Report on vaccination in Madras 1904-1921 - 1904-1921
Year: 1904
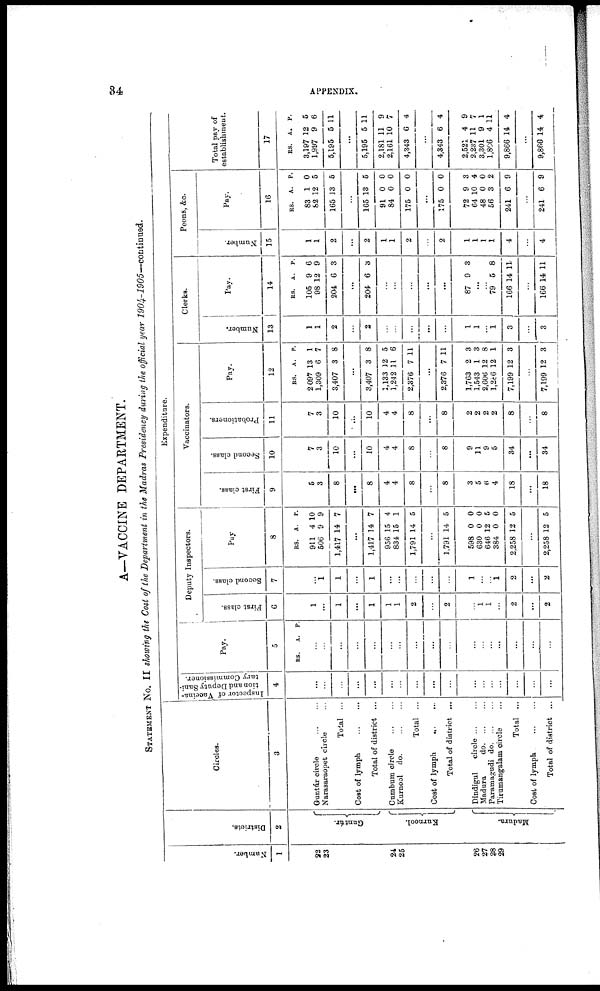
34
APPENDIX.
A—VACCINE DEPARTMENT.
STATEMENT No. II showing the Cost of the Department in the Madras Presidency during the official year
1904-1905—continued.
Number.
1
22
23
24
25
26
27
28
29
Districts.
2
Guntúr.
Kurnool.
Madura.
Circles.
3
Guntúr circle... ...
Narasaraopet circle...
Total ...
Cost of
lymph...
...
Total of district ...
Cumbum
circle...
...
Kurnool do.
Total ...
Cost of lymph
...
Total of district ...
Dindigul circle... ...
Madura
d
o
. ... ...
Paramagudi do. ...
Tirumangalam circle
Total ...
Cost of
lymph...
...
Total of district ...
Expenditure.
Inspector of Vaccina-
tion and Deputy Sani-
tary Commissioner.
4
...
...
...
...
...
...
...
...
...
...
...
...
...
...
...
...
...
Pay.
5
RS.
A. P.
...
...
...
...
...
...
...
...
...
...
...
...
...
...
...
...
...
Deputy Inspectors.
First class.
6
1
...
1
...
1
1
1
2
...
2
...
1 1
...
2
...
2
Second class.
7
...
1
l
...
l
...
...
...
...
...
l
...
...
l
2
...
2
Pay
8
RS.
911
506
1,417
A.
4
9
14
P.
10
9
7
...
1,417
956
834
1,791
14
15
15
14
7
4
1
5
...
1,791
598
630
646
384
2,258
14
0
0
12
0
12
5
0
0
5
0
5
...
2,258 12 5
Vaccinators.
First class.
9
5
3
8
...
8
4
4
8
...
8
3
5
6
4
18
...
18
Second class.
10
7
3
10
...
10
4
4
8
...
8
9
11
9
5
34
...
34
Probationers.
11
7
3
10
...
10
4
4
8
...
8
2
2
2
2
8
...
8
Pay.
12
RS.
2097
1,309
3,407
A.
13
6
3
P.
1
7
8
...
3,407
1,133
1,242
2,376
3
12
11
7
8
5
6
11
...
2,376
1,763
1,543
2,606
l,286
7,199
7
2
1
12
12
12
11
3
3
8
1
3
...
7,199 12 3
Clerks.
Number.
13
1
1
2
...
2
...
...
...
...
...
1
1
...
1
3
...
3
Pay
14
RS.
105
98
204
A.
9
12
6
P.
6
9
3
...
204 6 3
...
...
...
...
...
87 9 3
...
...
79
166
5
14
8
11
...
166 14 11
Peons, &c.
Number.
15
1
1
2
...
2
1
1
2
...
2
1
1
1
1
4
...
4
Pay.
16
RS.
83
82
165
A.
1
12
13
P.
0
5
5
...
165
91
84
175
13
0
0
0
5
0
0
0
...
175
72
64
48
56
241
0
9
10
0
3
6
0
3
4
0
2
9
...
241 6 9
Total pay of
establishment.
17
RS.
3,197
1,997
5,195
A.
12
9
5
P.
5
6
11
...
5,195
2,181
2,161
4,343
5
11
10
6
11
9
7
4
...
4,343
2,521
2,237
3,301
1,806
9,866
6
4
11
9
4
14
4
9
7
1
11
4
...
9,866 14 4